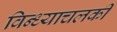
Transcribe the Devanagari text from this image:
विन्ध्याचलकी